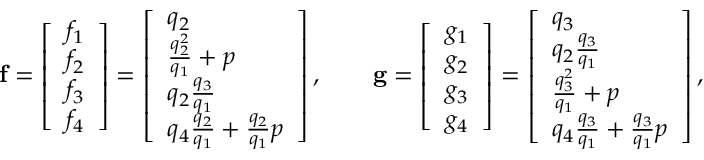
\mathbf { f } = \left[ \begin{array} { l } { f _ { 1 } } \\ { f _ { 2 } } \\ { f _ { 3 } } \\ { f _ { 4 } } \end{array} \right] = \left[ \begin{array} { l } { q _ { 2 } } \\ { \frac { q _ { 2 } ^ { 2 } } { q _ { 1 } } + p } \\ { q _ { 2 } \frac { q _ { 3 } } { q _ { 1 } } } \\ { q _ { 4 } \frac { q _ { 2 } } { q _ { 1 } } + \frac { q _ { 2 } } { q _ { 1 } } p } \end{array} \right] , \qquad \mathbf { g } = \left[ \begin{array} { l } { g _ { 1 } } \\ { g _ { 2 } } \\ { g _ { 3 } } \\ { g _ { 4 } } \end{array} \right] = \left[ \begin{array} { l } { q _ { 3 } } \\ { q _ { 2 } \frac { q _ { 3 } } { q _ { 1 } } } \\ { \frac { q _ { 3 } ^ { 2 } } { q _ { 1 } } + p } \\ { q _ { 4 } \frac { q _ { 3 } } { q _ { 1 } } + \frac { q _ { 3 } } { q _ { 1 } } p } \end{array} \right] ,